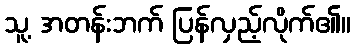
သူ့ အတန်းဘက် ပြန်လှည့်လိုက်၏။